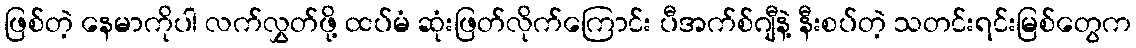
ဖြစ်တဲ့ နေမာကိုပါ လက်လွှတ်ဖို့ ထပ်မံ ဆုံးဖြတ်လိုက်ကြောင်း ပီအက်စ်ဂျီနဲ့ နီးစပ်တဲ့ သတင်းရင်းမြစ်တွေက